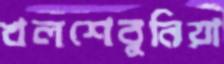
খলশেবুনিয়া